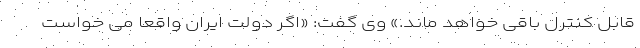
قابل کنترل باقی خواهد ماند.» وی گفت: «اگر دولت ایران واقعاً می خواست